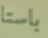
باستا